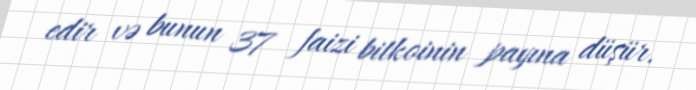
edir və bunun 37 faizi bitkoinin payına düşür.